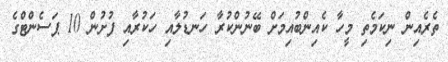
ތެރެއިން ނިކަމެތި މީހާ ކެއިންބުއިމަށް ބޭނުންކުރާ ހަނޑުލާއި ހަކުރާއި ފުށުން 10 ޕަސެންޓްގެ